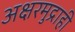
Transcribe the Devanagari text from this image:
अक्षरमुद्राही